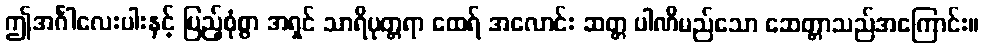
ဤအင်္ဂါလေးပါးနှင့် ပြည့်စုံစွာ အရှင် သာရိပုတ္တရာ ထေရ် အလောင်း ဆတ္တ ပါဏိမည်သော ဆေတ္တာသည်အကြောင်း။